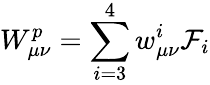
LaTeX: W_{\mu\nu}^{p}=\sum_{i=3}^{4}w_{\mu\nu}^{i}{\cal F}_{i}